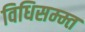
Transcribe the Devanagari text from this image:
विधिसम्म्त